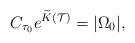
LaTeX: \begin{align*} C_{\tau_0} e^{\widetilde{K}(\mathcal{T})} = |\Omega_0|,\end{align*}